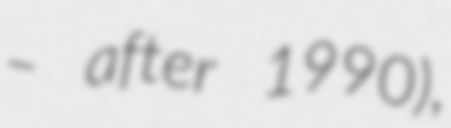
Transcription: – after 1990),